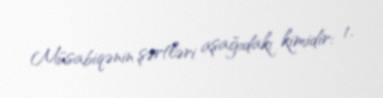
Müsabiqənin şərtləri aşağıdakı kimidir: 1.